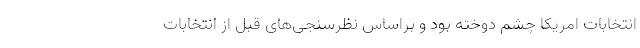
انتخابات امریکا چشم دوخته بود و براساس نظرسنجی‌های قبل از انتخابات